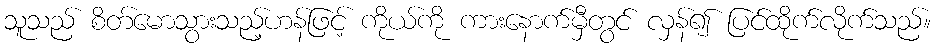
သူသည် စိတ်မောသွားသည့်ဟန်ဖြင့် ကိုယ်ကို ကားနောက်မှီတွင် လှန်၍ ပြင်ထိုက်လိုက်သည်။